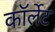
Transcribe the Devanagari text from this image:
कॉर्लेट